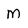
Character: M